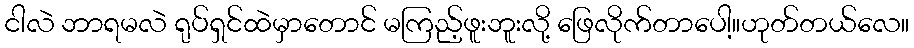
ငါလဲ ဘာရမလဲ ရုပ်ရှင်ထဲမှာတောင် မကြည့်ဖူးဘူးလို့ ဖြေလိုက်တာပေါ့။ဟုတ်တယ်လေ။